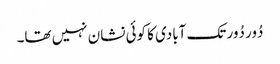
دُور دُور تک آبادی کا کوئی نشان نہیں تھا۔